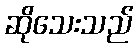
ဆိုသေးသည်